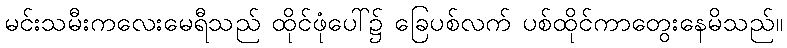
မင်းသမီးကလေးမေရီသည် ထိုင်ဖုံပေါ်၌ ခြေပစ်လက် ပစ်ထိုင်ကာတွေးနေမိသည်။